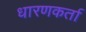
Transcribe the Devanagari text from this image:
धारणकर्ता